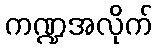
ကဏ္ဍအလိုက်